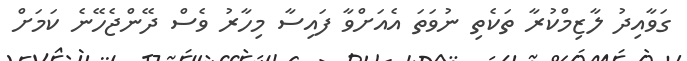
ގަވާއިދު ލާޒިމްކުރާ ތަކެތި ނުވަތަ އެއަށްވާ ފައިސާ މިހާރު ވެސް ދޭންޖެހޭނެ ކަމަށް